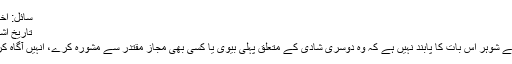
سائل: اختر علی کاظمیمقام: چکوال
تاریخ اشاعت: 17 اگست 2019ء
شریعت اسلامی کی رو سے شوہر اس بات کا پابند نہیں ہے کہ وہ دوسری شادی کے متعلق پہلی بیوی یا کسی بھی مجاز مقتدر سے مشورہ کرے، انہیں آگاہ کرے یا ان سے اجازت لے۔